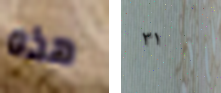
هذه ٣١